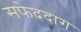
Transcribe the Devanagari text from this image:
सफेददाग